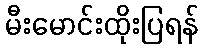
မီးမောင်းထိုးပြရန်